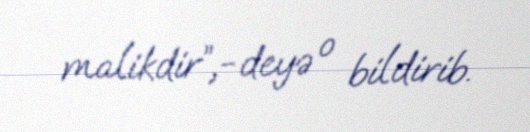
malikdir”,-deyə o bildirib.